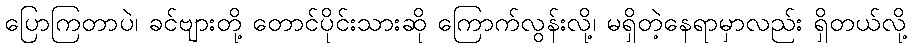
ပြောကြတာပဲ၊ ခင်ဗျားတို့ တောင်ပိုင်းသားဆို ကြောက်လွန်းလို့၊ မရှိတဲ့နေရာမှာလည်း ရှိတယ်လို့